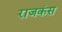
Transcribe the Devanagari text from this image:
राजकंस